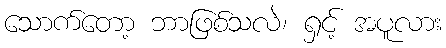
သောက်တော့ ဘာဖြစ်သလဲ၊ ရှင့် အပူလား